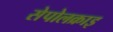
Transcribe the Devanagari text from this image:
सेपोलक्राइ